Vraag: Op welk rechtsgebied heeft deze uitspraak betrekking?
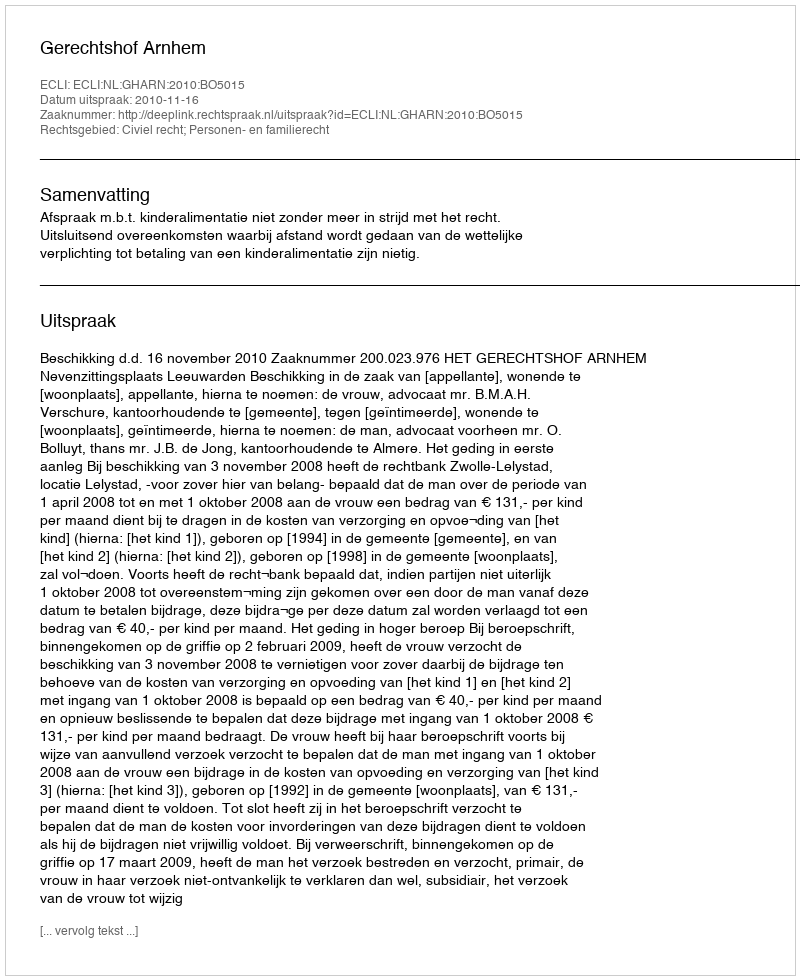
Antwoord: Civiel recht; Personen- en familierecht